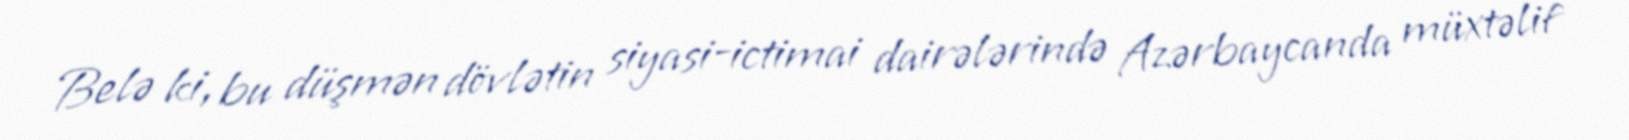
Belə ki, bu düşmən dövlətin siyasi-ictimai dairələrində Azərbaycanda müxtəlif